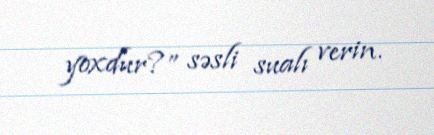
yoxdur?” səsli sualı verin.